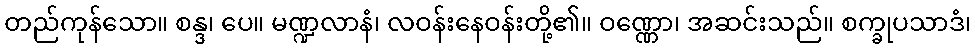
တည်ကုန်သော။ စန္ဒ၊ ပေ။ မဏ္ဍလာနံ၊ လဝန်းနေဝန်းတို့၏။ ဝဏ္ဏော၊ အဆင်းသည်။ စက္ခုပသာဒံ၊